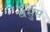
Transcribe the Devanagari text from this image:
वेर्सुस